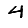
Digit: 4